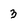
Character: 3